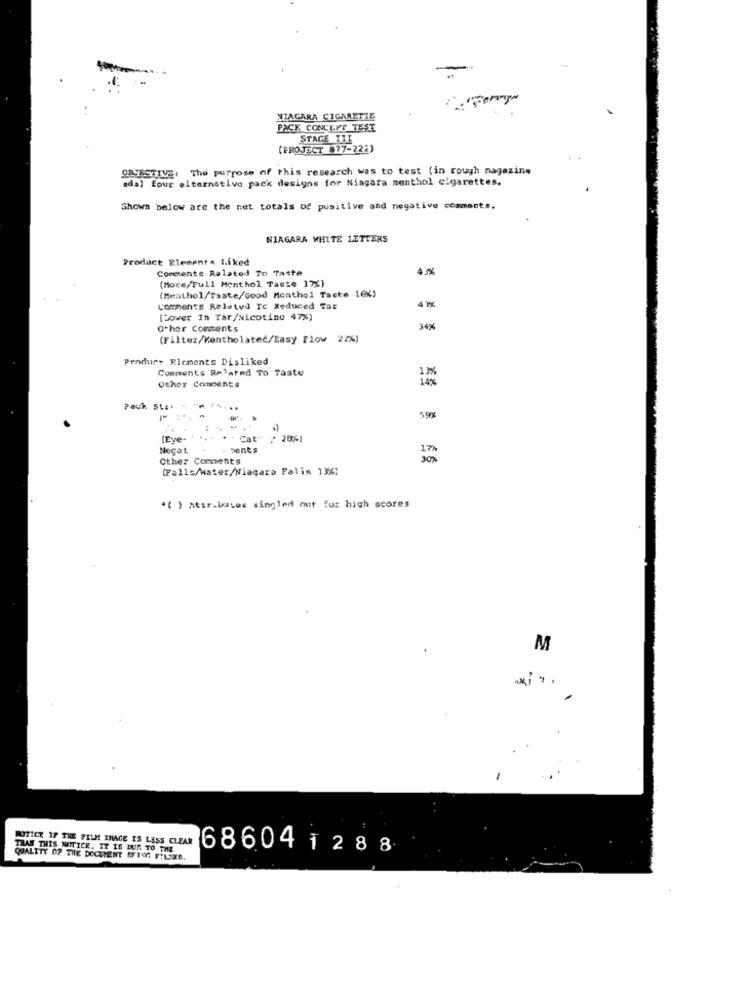
NIAGARA CIGARETTE
PACK CONCEPT TEST
STAGE 111
(FROJECT 77-222)
OBJECTIVE: The purpose of this research was to test (in rough magazine
ada) four alternative pack designs for Niagara menthol cigarettes.
Shown below are the net totals of positive and negative comments.
NIAGARA WHITE LETTERS
Product Element . Liked
Commente Related To Taste
43%
(More/Full Menthol Taste 17%)
(Mathol/faste/Good Monthol Taste LeX)
4 1%
Comments Related TC Reduced Tor
(Lower In Tar/Nicotine 47%)
Other Comments
34%
(Filter/Mentholated/Easy Flow 22%)
Produr+ Rlements Disliked
Comments Related To Taste
Other Comments
14%
Pack Stz.
......
5,9%
(Eye-
Cat
₾ 25%)
Negat
. ments
Other Comments
(Falls/water/Niagara Palis 136)
*( ) atir.bases singled out luc high scores
M
NOTICE IF THE FILM IMAGE IS LESS CLEAR
THAN THIS NOTICE, IT IS DUE TO THE
68604 1288
QUALITY OF THE DOCUMENT FFING FILSSE.